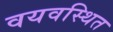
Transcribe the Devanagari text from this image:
वयवस्थित